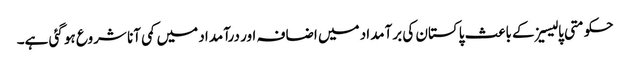
حکومتی پالیسیزکے باعث پاکستان کی برآمداد میں اضافہ اور درآمداد میں کمی آنا شروع ہو گئی ہے۔